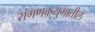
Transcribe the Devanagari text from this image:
संगणकयुगातील